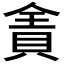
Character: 𰷄